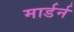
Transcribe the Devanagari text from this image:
मार्डर्न